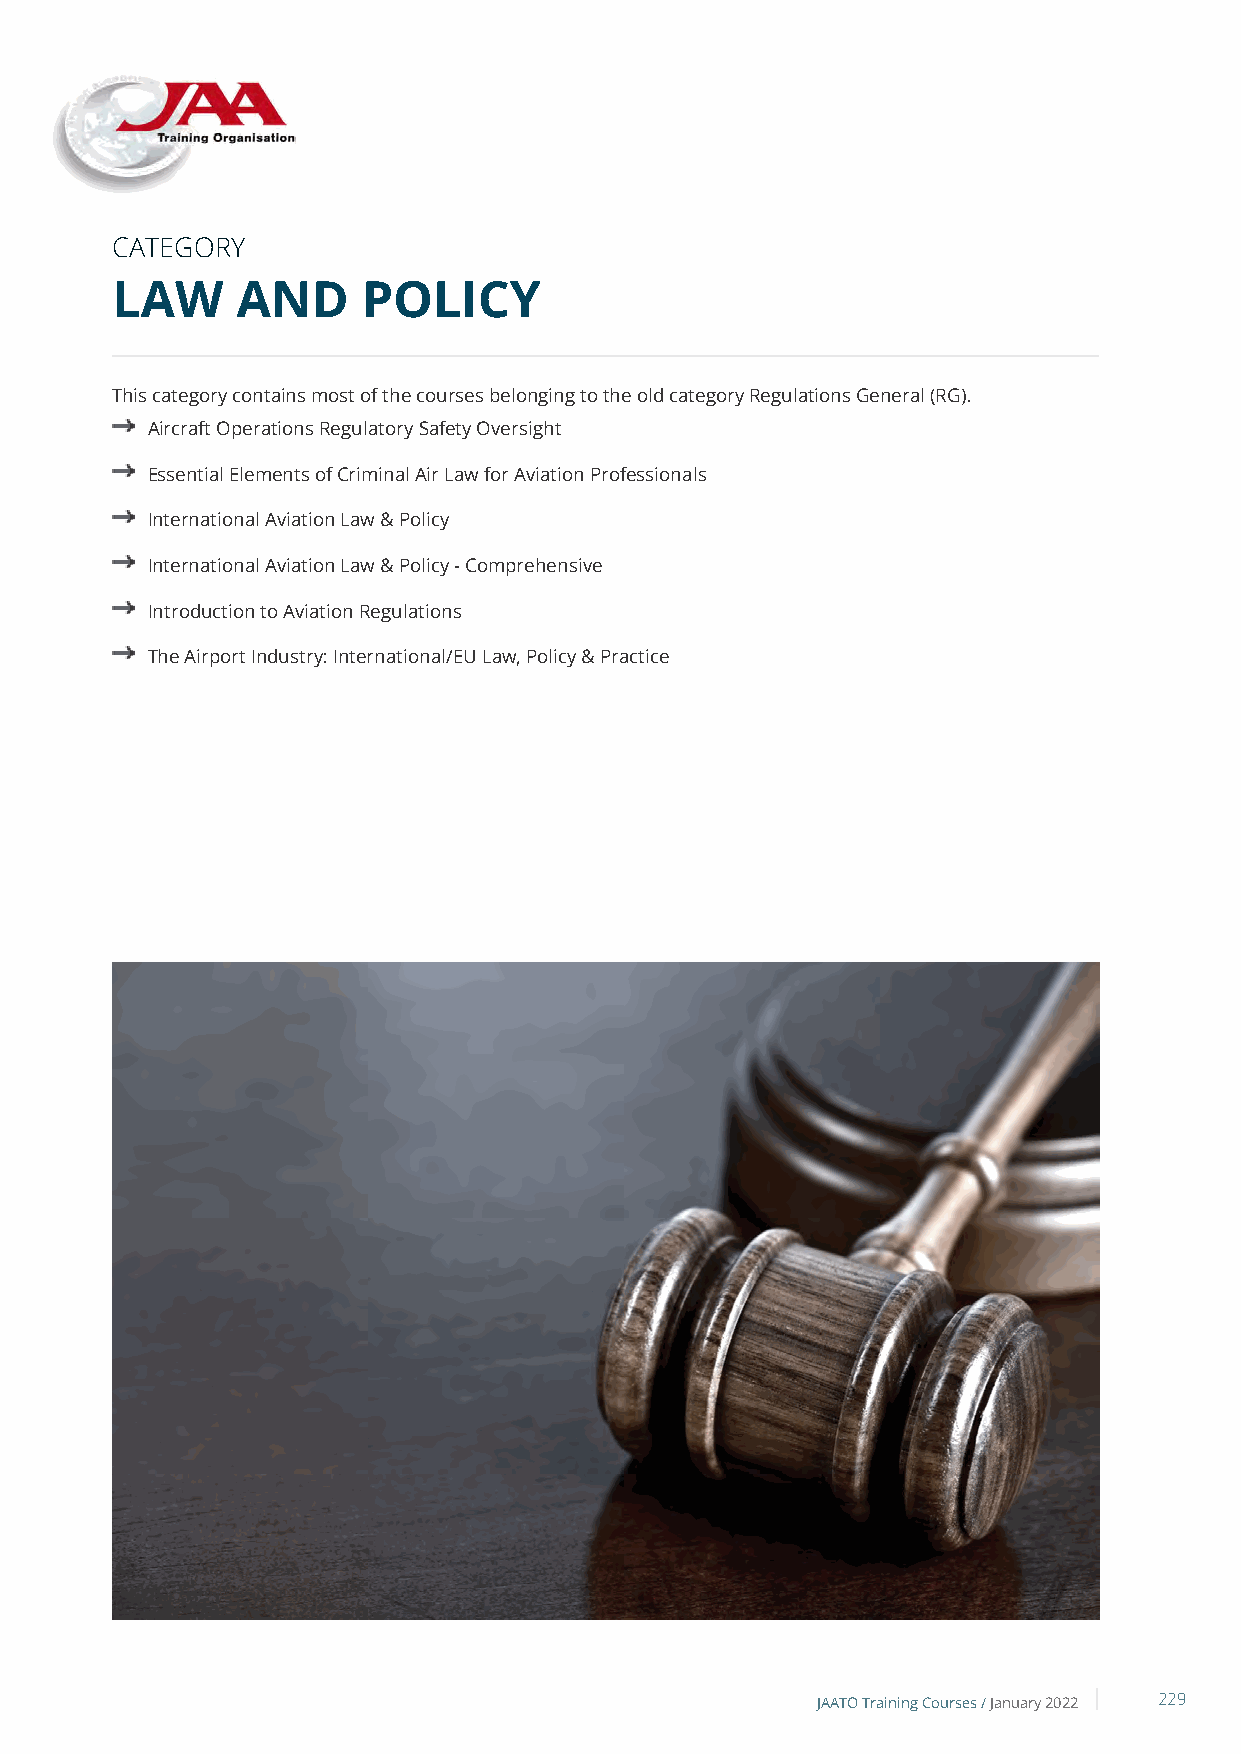
CATEGORY
 LAW      AND     POLICY
 This category contains most of the courses belonging to the old category Regulations General (RG).
 Aircraft Operations Regulatory Safety Oversight
 Essential Elements of Criminal Air Law for Aviation Professionals
 International Aviation Law & Policy
 International Aviation Law & Policy - Comprehensive
 Introduction to Aviation Regulations
 The Airport Industry: International/EU Law, Policy & Practice
 JAATO Training Courses /January 2022 229